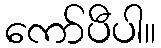
ကော်ပီပါ။